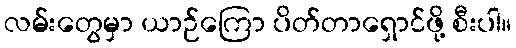
လမ်းတွေမှာ ယာဉ်ကြော ပိတ်တာရှောင်ဖို့ စီးပါ။